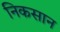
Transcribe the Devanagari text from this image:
निकसान